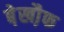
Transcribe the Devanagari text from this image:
बे़खौ़फ